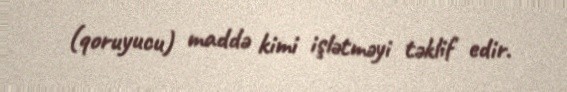
(qoruyucu) maddə kimi işlətməyi təklif edir.